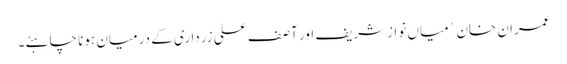
عمران خان ` میاں نوازشریف اور آصف علی زرداری کے درمیان ہونا چاہئے۔